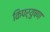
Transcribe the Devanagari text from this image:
किपर्युषण